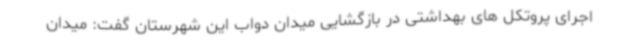
اجرای پروتکل های بهداشتی در بازگشایی میدان دواب این شهرستان گفت: میدان